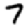
Digit: 7